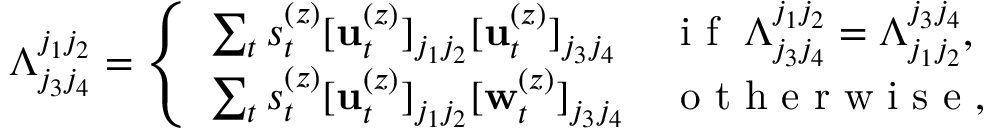
\Lambda _ { j _ { 3 } j _ { 4 } } ^ { j _ { 1 } j _ { 2 } } = \left\{ \begin{array} { l l } { \sum _ { t } s _ { t } ^ { ( z ) } [ \mathbf { u } _ { t } ^ { ( z ) } ] _ { j _ { 1 } j _ { 2 } } [ \mathbf { u } _ { t } ^ { ( z ) } ] _ { j _ { 3 } j _ { 4 } } } & { \mathrm { ~ i ~ f ~ } \; \Lambda _ { j _ { 3 } j _ { 4 } } ^ { j _ { 1 } j _ { 2 } } = \Lambda _ { j _ { 1 } j _ { 2 } } ^ { j _ { 3 } j _ { 4 } } , } \\ { \sum _ { t } s _ { t } ^ { ( z ) } [ \mathbf { u } _ { t } ^ { ( z ) } ] _ { j _ { 1 } j _ { 2 } } [ \mathbf { w } _ { t } ^ { ( z ) } ] _ { j _ { 3 } j _ { 4 } } } & { \mathrm { ~ o ~ t ~ h ~ e ~ r ~ w ~ i ~ s ~ e ~ } , } \end{array} \right.